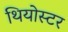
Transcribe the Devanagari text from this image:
थियोस्टर